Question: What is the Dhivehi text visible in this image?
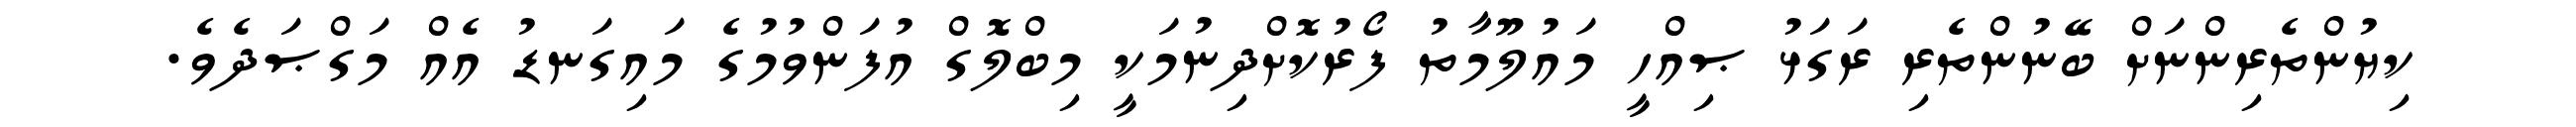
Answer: ކިޔުންތެރިންނަށް ބޭނުންތެރި ރަގަޅު ޞިއްހީ މައުލޫމާތު ފޯރުކޮށްދިނުމަކީ މިބްލޮގް އުފަންވުމުގެ މައިގަނޑު އެއް މަގްޞަދެވެ.